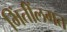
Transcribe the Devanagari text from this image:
भिंतींलगत